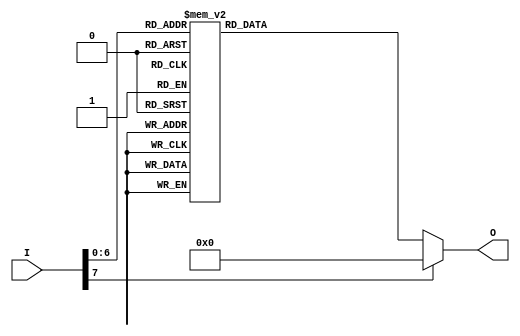
`timescale 1ns / 1ps
//////////////////////////////////////////////////////////////////////////////////
// Company: 
// Engineer: 
// 
// Design Name: 
// Module Name: bin2ascii
// Project Name: 
// Target Devices: 
// Tool Versions: 
// Description: 
// 
// Dependencies: 
// 
// Revision:
// Revision 0.01 - File Created
// Additional Comments:
// 
//////////////////////////////////////////////////////////////////////////////////


module bin2ascii (
    input      [7:0]   I,
    output reg [7:0]   O
    );
    
    always @(I)
        case (I)
            8'h1c: O <= 8'h61;      //  a
            8'h32: O <= 8'h62;      //  b
            8'h21: O <= 8'h63;      //  c
            8'h23: O <= 8'h64;      //  d
            8'h24: O <= 8'h65;      //  e
            8'h2b: O <= 8'h66;      //  f
            8'h34: O <= 8'h67;      //  g
            8'h33: O <= 8'h68;      //  h
            8'h43: O <= 8'h69;      //  i
            8'h3b: O <= 8'h6a;      //  j
            8'h42: O <= 8'h6b;      //  k
            8'h4b: O <= 8'h6c;      //  l
            8'h3a: O <= 8'h6d;      //  m
            8'h31: O <= 8'h6e;      //  n
            8'h44: O <= 8'h6f;      //  o
            8'h4d: O <= 8'h70;      //  p
            8'h15: O <= 8'h71;      //  q
            8'h2d: O <= 8'h72;      //  r
            8'h1b: O <= 8'h73;      //  s
            8'h2c: O <= 8'h74;      //  t
            8'h3c: O <= 8'h75;      //  u
            8'h2a: O <= 8'h76;      //  v
            8'h1d: O <= 8'h77;      //  w
            8'h22: O <= 8'h78;      //  x
            8'h35: O <= 8'h79;      //  y
            8'h1a: O <= 8'h7a;      //  z
            
            8'h45: O <= 8'h30;      //  0
            8'h16: O <= 8'h31;      //  1
            8'h1e: O <= 8'h32;      //  2
            8'h26: O <= 8'h33;      //  3
            8'h25: O <= 8'h34;      //  4
            8'h2e: O <= 8'h35;      //  5
            8'h36: O <= 8'h36;      //  6
            8'h3d: O <= 8'h37;      //  7
            8'h3e: O <= 8'h38;      //  8
            8'h46: O <= 8'h39;      //  9
            default: O <= 8'h00;    // default
        endcase
endmodule